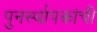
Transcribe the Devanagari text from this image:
पुनर्स्थापकांची